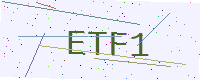
Text: ETF1